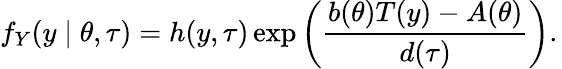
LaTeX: f_{Y}(y\mid\theta,\tau)=h(y,\tau)\exp\left({\frac{b(\theta)T(y)-A(\theta)}{d(\tau)}}\right).\,